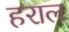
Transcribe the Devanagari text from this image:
हराल